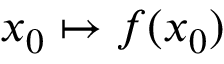
x _ { 0 } \mapsto f ( x _ { 0 } )